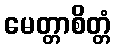
မေတ္တာစိတ္တံ